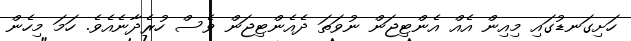
ހަށިގަނޑުގައި މިއިން އެއް އެންޓިޖަން ނުވަތަ ދެއެންޓިޖަން ވެސް ހުރެދާނެއެވެ. ހަމަ މިހެން